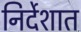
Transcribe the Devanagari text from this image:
निर्देशात